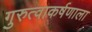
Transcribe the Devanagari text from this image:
गुरुत्वाकर्षणाला